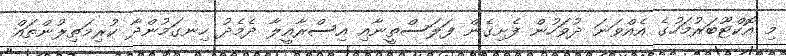
މި އޮކްޓޫބަރުމަހުގެ އެއްވަނަ ދުވަހުން ފެށިގެން ފަލަސްތީނާއި އިސްރާއީލާ ދެމެދު ހިނގަމުންދާ ކުރިމަތިލުންތައް